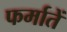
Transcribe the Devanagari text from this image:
फर्मातें